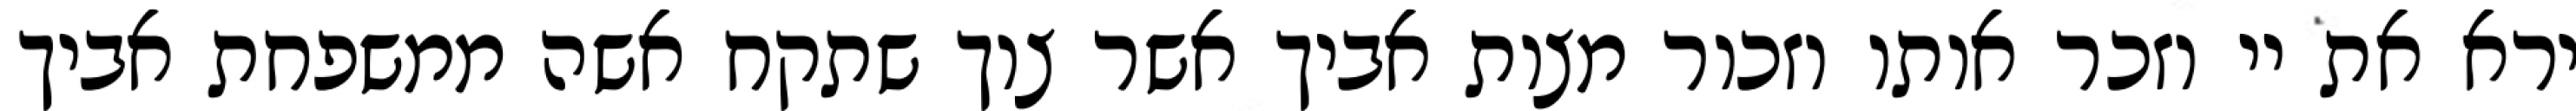
ירא את יי וזכר אותו וזכור מצות אביך אשר צוך שתקח אשה ממשפחת אביך